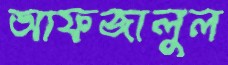
আফজালুল